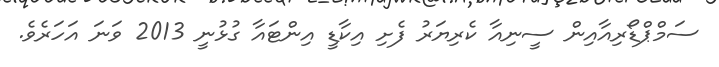
ސަމްޕްޑޯރިއާއިން ސީނިއާ ކެރިޔަރު ފެށި އިކާޑީ އިންޓައާ ގުޅުނީ 2013 ވަނަ އަހަރެވެ.